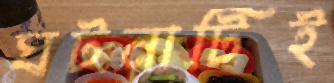
ঘটনাটিই